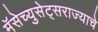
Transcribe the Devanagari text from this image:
मॅसेच्युसेट्सराज्याचे